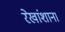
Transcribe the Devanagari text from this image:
रेखांशाना